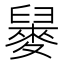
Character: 𪌲